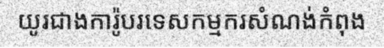
យូរជាងការ៉ូបរទេសកម្មករសំណង់កំពុង